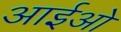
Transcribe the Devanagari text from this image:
आईओ